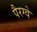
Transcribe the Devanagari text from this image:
पैरग्वे